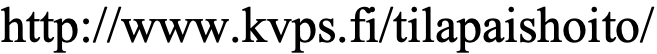
http://www.kvps.fi/tilapaishoito/